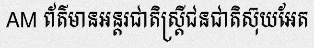
AM ព័ត៌មានអន្តរជាតិស្ត្រីជនជាតិស៊ុយអែត